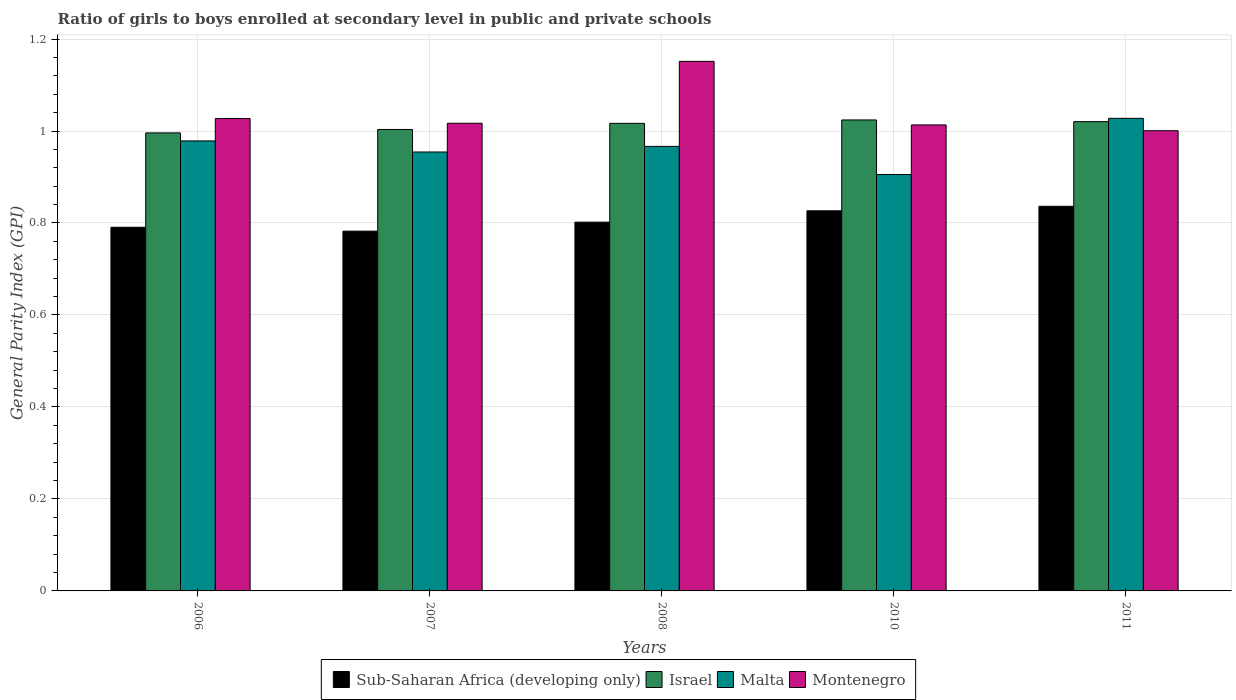
| Years | Sub-Saharan Africa (developing only) | Israel | Malta | Montenegro |
 | --- | --- | --- | --- | --- |
 | 2006 | 0.791 | 0.996 | 0.978 | 1.03 |
 | 2007 | 0.782 | 1 | 0.954 | 1.02 |
 | 2008 | 0.802 | 1.02 | 0.967 | 1.15 |
 | 2010 | 0.827 | 1.02 | 0.905 | 1.01 |
 | 2011 | 0.836 | 1.02 | 1.03 | 1 |